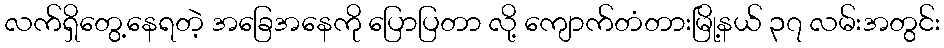
လက်ရှိတွေ့နေရတဲ့ အခြေအနေကို ပြောပြတာ လို့ ကျောက်တံတားမြို့နယ် ၃၇ လမ်းအတွင်း